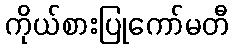
ကိုယ်စားပြုကော်မတီ